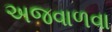
અજવાળવા